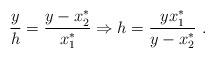
LaTeX: \begin{align*}\frac{y}{h} = \frac{y - x^*_2}{x^*_1} \Rightarrow h = \frac{y x^*_1}{y-x^*_2} \ .\end{align*}